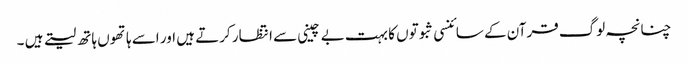
چنانچہ لوگ قرآن کے سائنسی ثبوتوں کا بہت بے چینی سے انتظار کرتے ہیں اور اسے ہاتھوں ہاتھ لیتے ہیں ۔